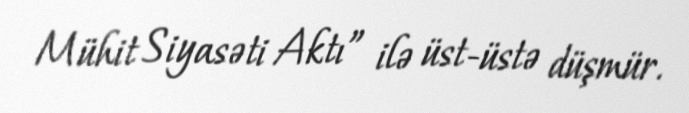
Mühit Siyasəti Aktı” ilə üst-üstə düşmür.